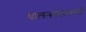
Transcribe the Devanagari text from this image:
चालनबलमापी